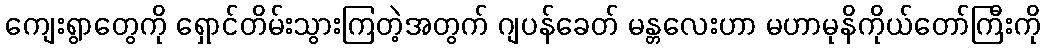
ကျေးရွာတွေကို ရှောင်တိမ်းသွားကြတဲ့အတွက် ဂျပန်ခေတ် မန္တလေးဟာ မဟာမုနိကိုယ်တော်ကြီးကို